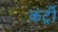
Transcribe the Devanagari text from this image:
कंर्ट्री